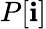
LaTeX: P[\mathbf{i}]